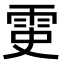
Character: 𩂝